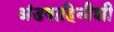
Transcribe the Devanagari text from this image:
अंडवाहिनीशी